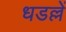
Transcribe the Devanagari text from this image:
धडल्लें